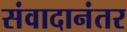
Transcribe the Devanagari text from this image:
संवादानंतर